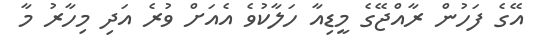
އޭގެ ފަހުން ރާއްޖޭގެ މީޑިއާ ހަލާކުވެ އެއަށް ވުރެ އަދި މިހާރު މާ